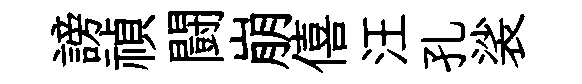
謗禎闘崩僖汪孔裟